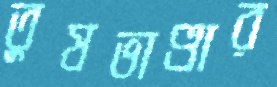
তুষভাণ্ডার